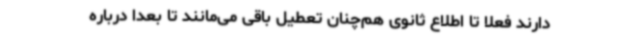
دارند فعلا تا اطلاع ثانوی هم‌چنان تعطیل باقی می‌مانند تا بعدا درباره